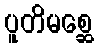
ပူတိမစ္ဆေ